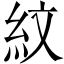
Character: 紋